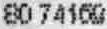
80 74169